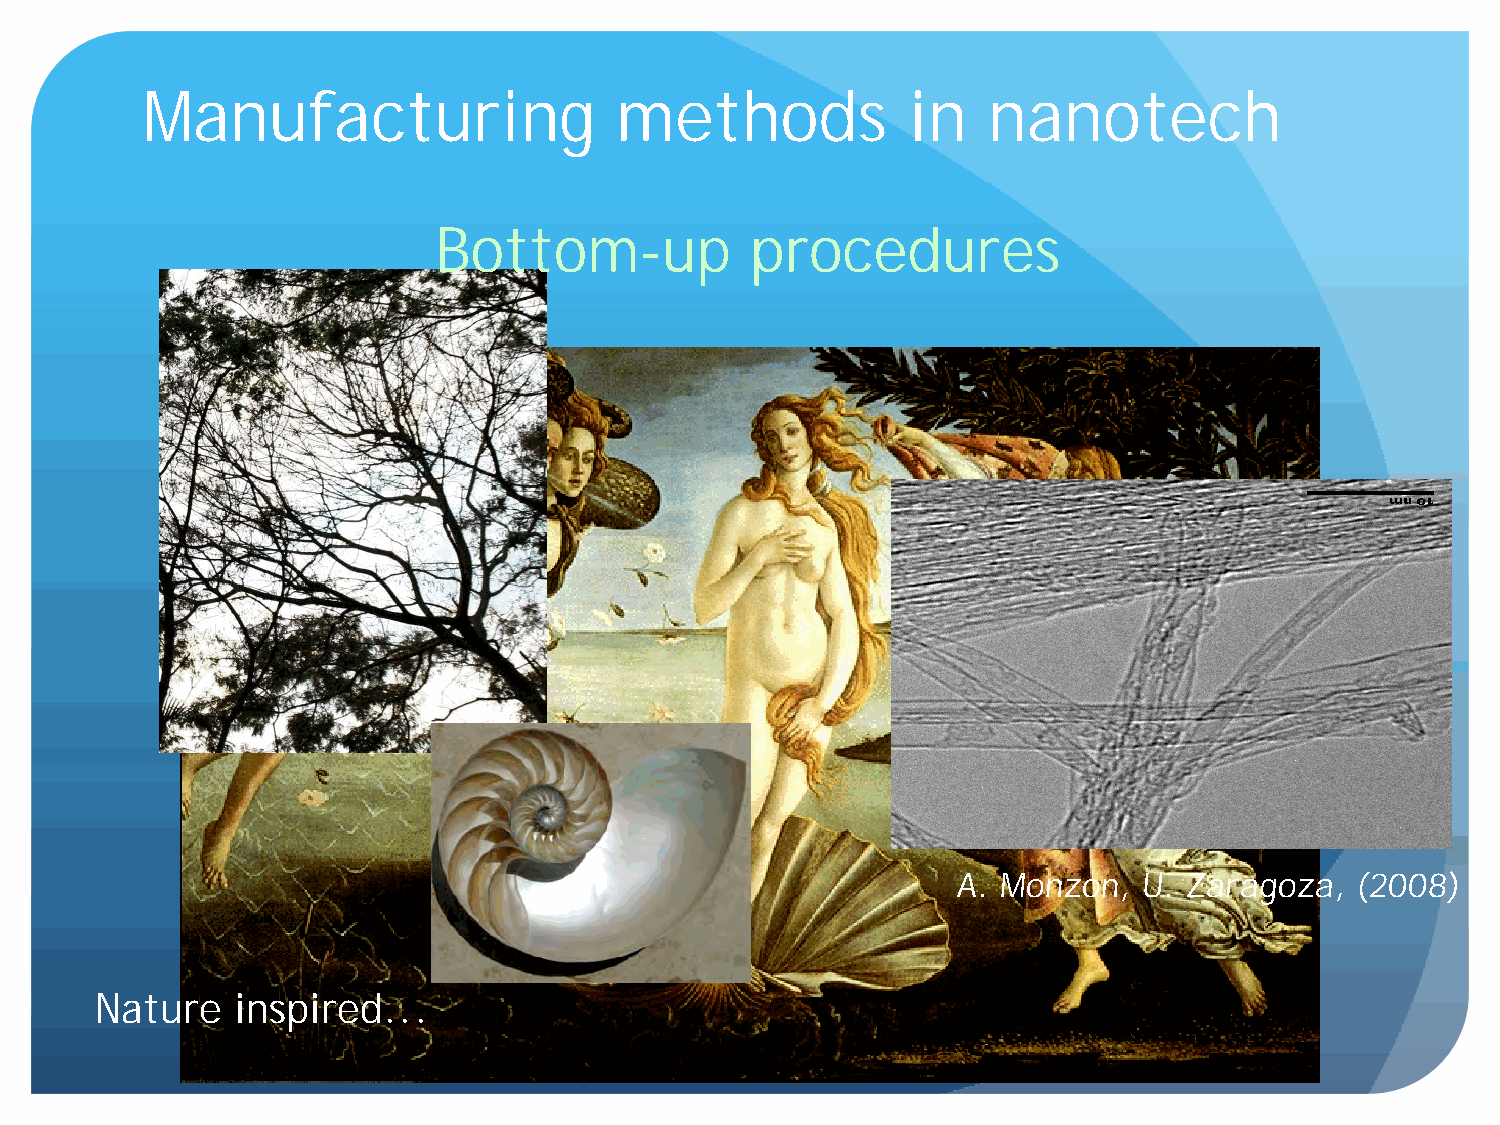
Manufacturing                   methods            in   nanotech
 Bottom-up            procedures
 A. Monzon,   U. Zaragoza,  (2008)
 Nature    inspired...